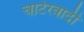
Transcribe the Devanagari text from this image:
चार्टरवादी